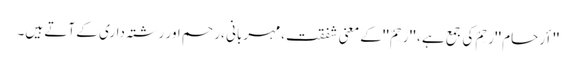
'' أرحام ''رَحِمٌ کی جمع ہے ، '' رَحِمٌ ''کے معنی شفقت ،مہربانی ،رحم اور رشتہ داری کے آتے ہیں۔